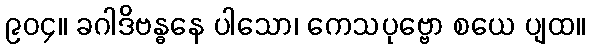
၉၀၄။ ခဂါဒိဗန္ဓနေ ပါသော၊ ကေသပုဗ္ဗော စယေ ပျထ။